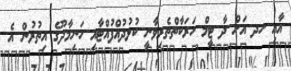
އާއި ހދ އަށް ދާ ޓީމް ހަރަކާތްތެރިވާނީ ކުޅުދުއްފުއްޓާއި ހަނިމާދޫގެ އިތުރުން އެ